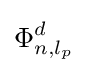
\Phi _{n,l_{p}}^{d}